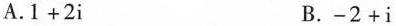
A.$$1+2i$$ B.$$-2+i$$